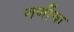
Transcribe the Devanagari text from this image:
जणींचा